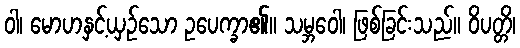
ဝါ၊ မောဟနှင့်ယှဉ်သော ဥပေက္ခာ၏။ သမ္ဘဝေါ၊ ဖြစ်ခြင်းသည်။ ဝိပတ္တိ၊